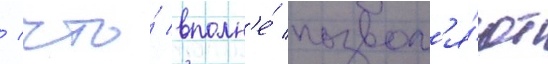
/ что́ вполн'е́ позвол'я́ют